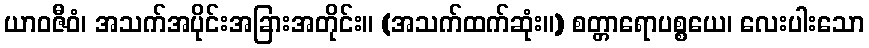
ယာဝဇီဝံ၊ အသက်အပိုင်းအခြားအတိုင်း။ (အသက်ထက်ဆုံး။) စတ္တာရောပစ္စယေ၊ လေးပါးသော